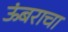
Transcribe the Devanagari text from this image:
ऊंबराचा